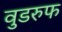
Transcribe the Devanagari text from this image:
वुडरुफ